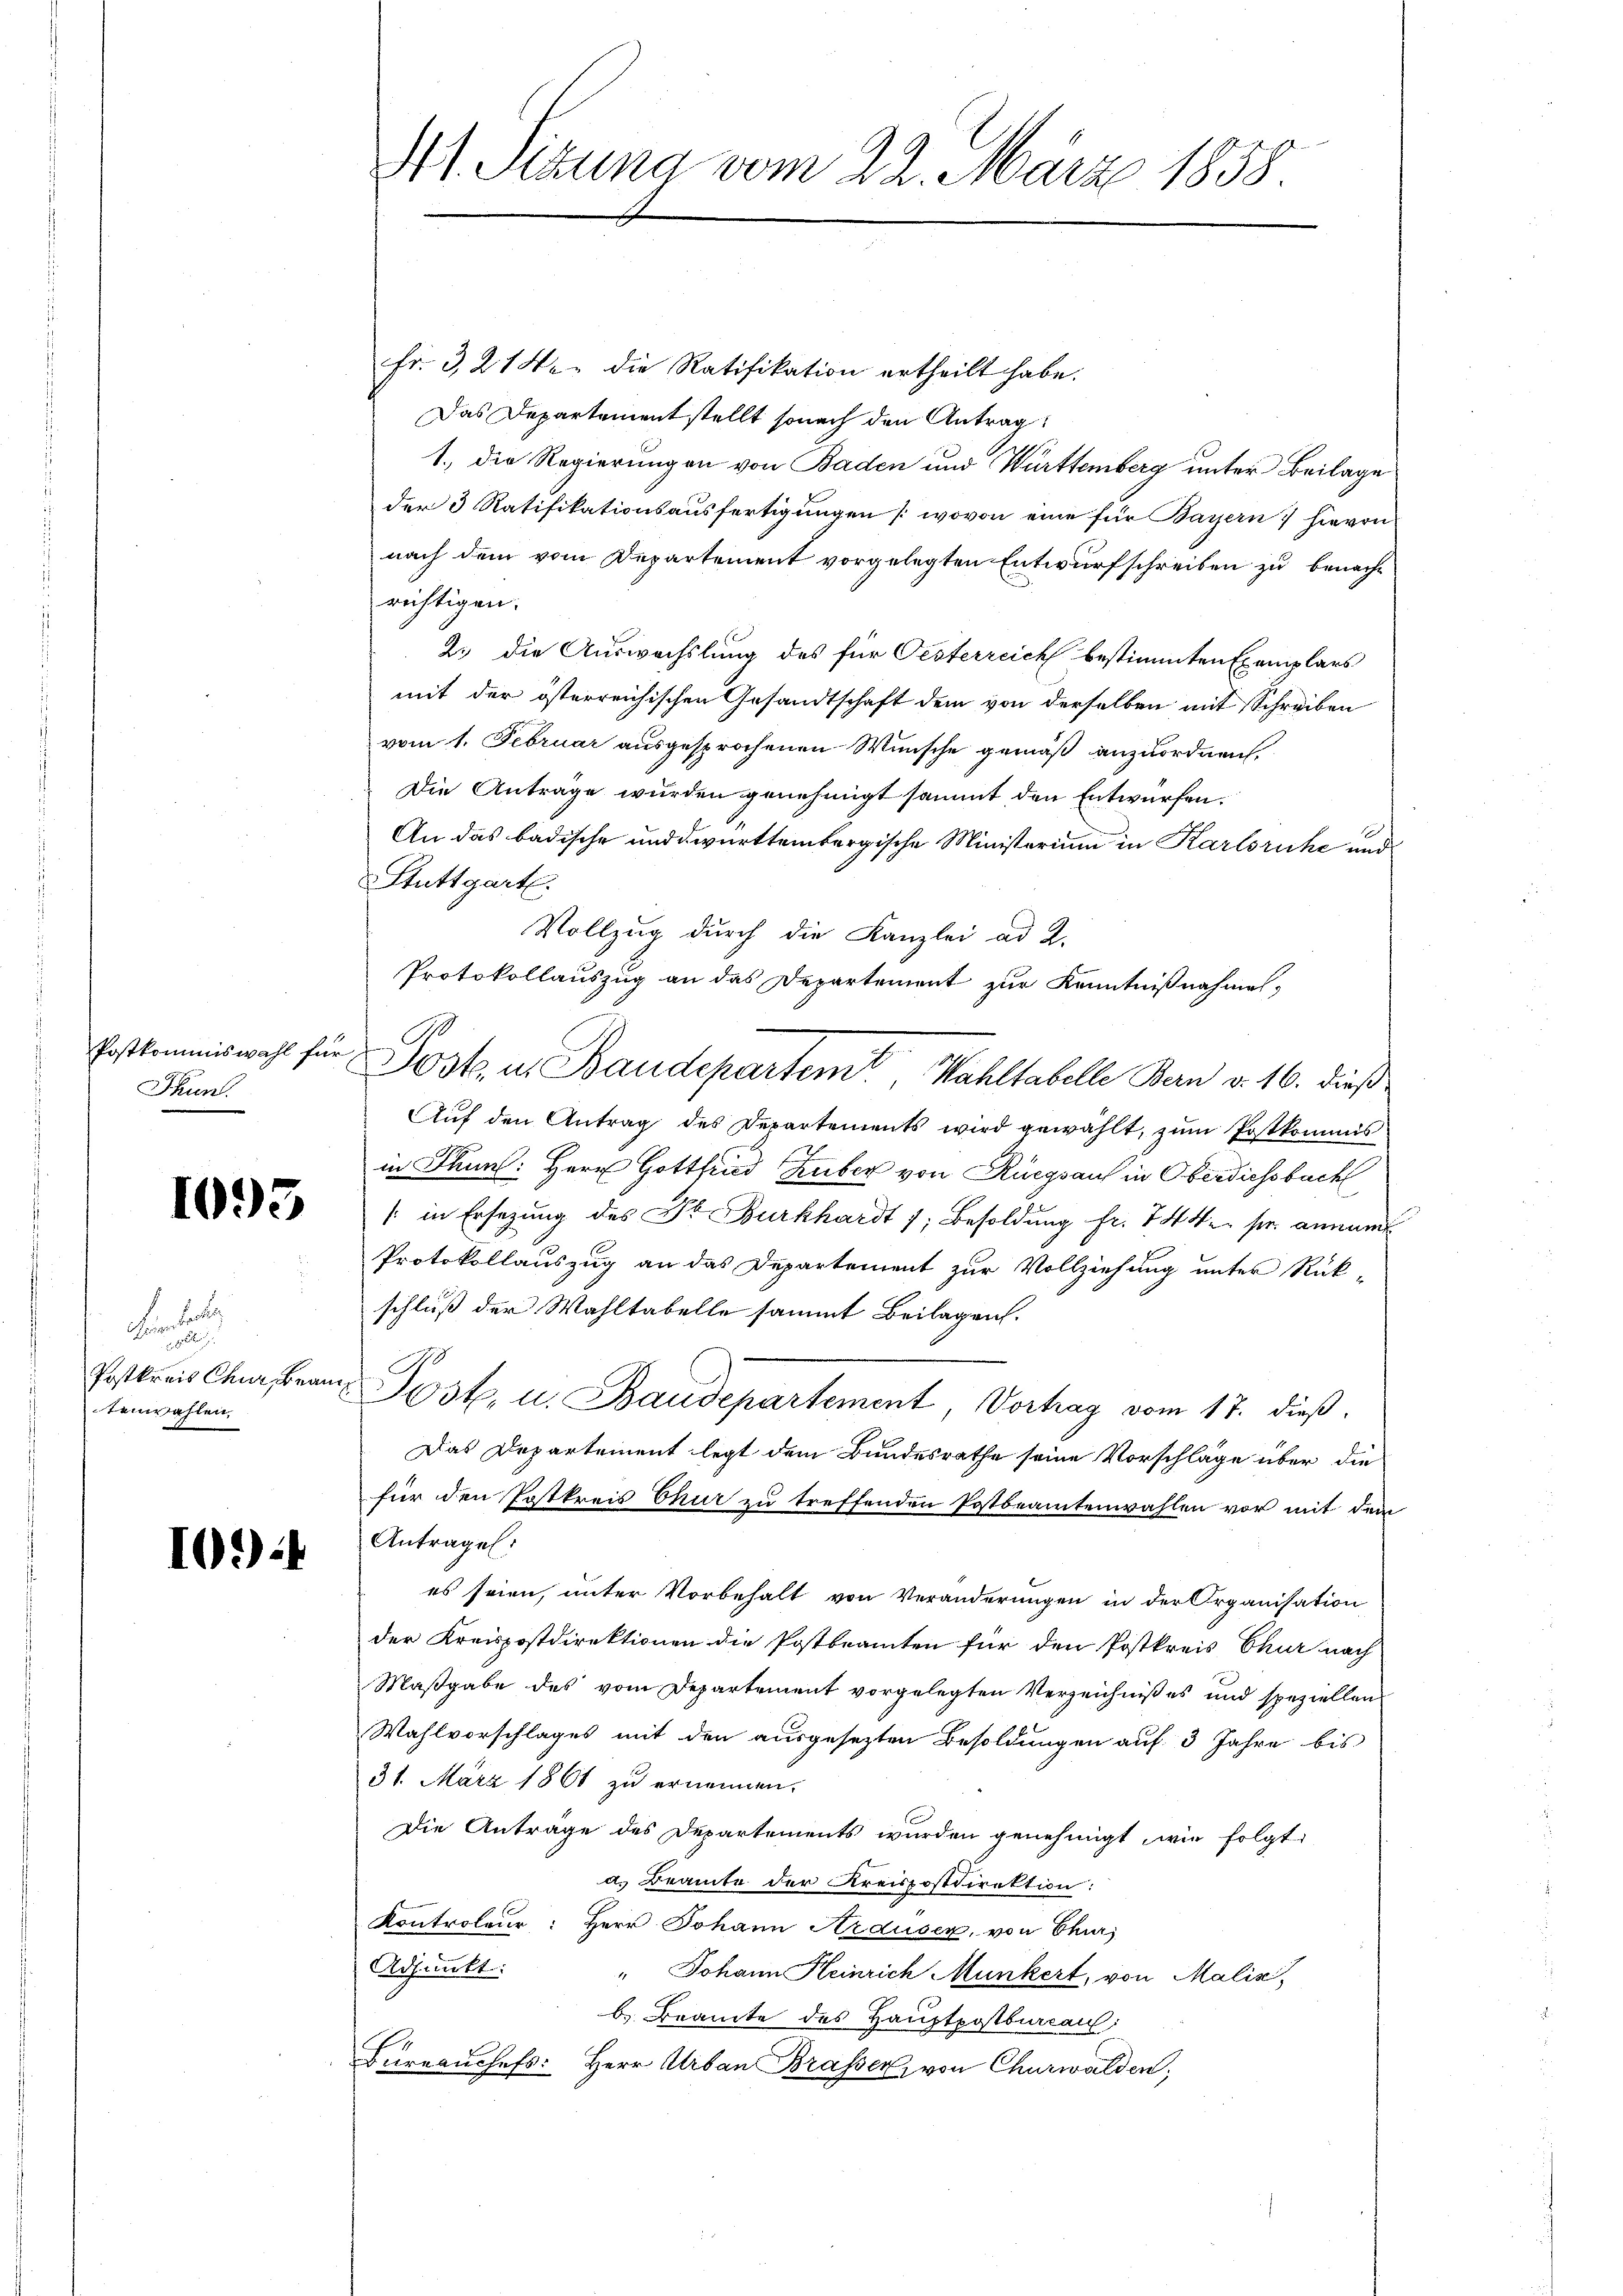
Postkommiswahl für
Sunl.

1093

Fenst
soblig
Postkreis Chur, Brantenwahlen,

10.)

fr. 321 Fr. die Ratifikation ertheilt habe.
Das Departementstellt sonach den Antrag
1., die Regierungen von Baden und Württemberg unter Beilage
der 3 Ratifikationsausfertigungen (wovon eine für Bayern) hievon
nach dem vom Departement vorgelegten Entwurfschreiben zu benachrichtigen.
2. die Auswachslung des für Oesterreich bestimmten Exemplars
mit der österreichischen Gesandtschaft dem von derselben mit Schreiben
vom 1. Februar ausgesprochenen Wünsche gemäß anzuordnen,
Die Antrage wurden genehmigt sammt den Entwürfen.
An das badische und württembergische Ministorium in Karlsruhe und
Stuttgart.
Vollzug durch die Kanzlei ad 2.
Protokollauszug an das Departement zur Kenntnißnahmen,
Auf den Antrag des Departements wird gewählt, zum Postkommis
in Thuns: Herr Gottfried Huber von Rüegsauf in Oberdiessbach
/ in Ersezung des Dr. Burkhardt 7; Besoldung fr. 74 kr. pr. annamt
Protokollauszug an das Departement zur Vollziehung unter Rück-
schluß der Wahltabelle sammt Beilagen.
G
Jost. u. Baudepartement Vortrag vom 17. dieß
Das Departement legt dem Bundesrathe seine Vorschläge über die
für den Postkreis Chur zu treffenden Postbeamtenwahlen vor mit dem
Antrage:
es seien, unter Vorbehalt von Veränderungen in der Organisation
der Kreispostdirektionen die Postbeamten für den Postkreis Chur nach
Maßgabe des vom Departement vorgelegten Verzeichnißes und speziellen
Wahlvorschlages mit den ausgesezten Besoldungen auf 3 Jahre bis
31. März 1861 zu ernennen.
Die Antrage des Departements wurden genehmigt, wie folgt:
a. Beamte der Kreispostdirektion:
Kontroleur: Herr Johann Arduser, von Chur,
Adjunkt:
" Johann Heinrich Munkert, von Malis
b. Beamte des Hauptpostburcan:
Bureauchefs: Herr Urban Brasser, von Churwalden,

111. Secuna vom 22. März 1838.

A.

Jost in Baudepartemt, Wahltabelle Bern v. 16. dieß